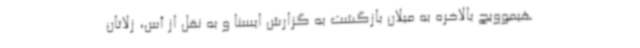
هیموویچ بالاخره به میلان بازگشت به گزارش ایسنا و به نقل از آس، زلاتان